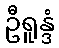
ဦရူန္ဒံ